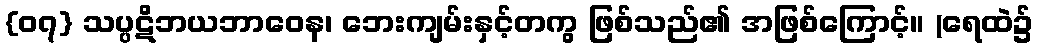
{၀၇} သပ္ပဋိဘယဘာဝေန၊ ဘေးကျမ်းနှင့်တကွ ဖြစ်သည်၏ အဖြစ်ကြောင့်။ (ရေထဲ၌